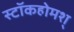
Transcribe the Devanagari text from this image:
स्टॉकहोमश्